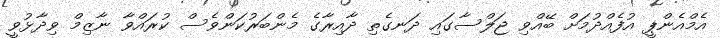
އެމްއެންޕީ އުފެއްދުމަށް ބޭއްވި ޖަލްސާގައި ދަނގެތި ދާއިރާގެ މެންބަރުކަންވެސް ކުރައްވާ ނާޒިމް ވިދާޅުވީ